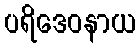
ပရိဒေဝနာယ